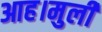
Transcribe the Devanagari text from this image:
आह।मुली